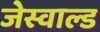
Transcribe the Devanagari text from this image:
जेस्वाल्ड